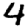
Digit: 4